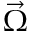
\vec { \Omega }